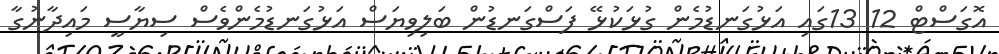
އޮގަސްޓް 12 13ގައި އަޅުގަނޑުމެން ގުޅަކުޅޭ ފަސްގަނޑުން ބަލިވިޔަސް އަޅުގަނޑުމެންވެސް ސިޔާސީ މައިދާނުގާ